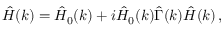
\hat { H } ( k ) = \hat { H } _ { 0 } ( k ) + i \hat { H } _ { 0 } ( k ) \hat { \Gamma } ( k ) \hat { H } ( k ) \, ,